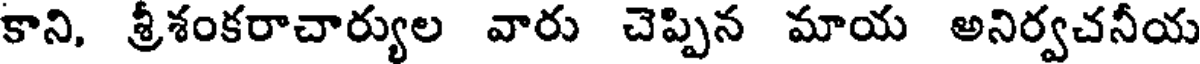
కాని, శ్రీశంకరాచార్యుల వారు చెప్పిన మాయ అనిర్వచనీయ